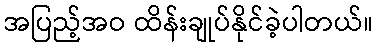
အပြည့်အဝ ထိန်းချုပ်နိုင်ခဲ့ပါတယ်။